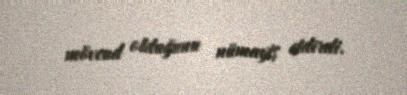
mövcud olduğunu nümayiş etdirdi.